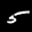
Label: 5